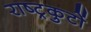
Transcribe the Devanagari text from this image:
राष्‍ट्रकुटों